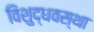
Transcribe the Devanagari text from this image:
विशुद्धवस्था